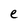
Character: e